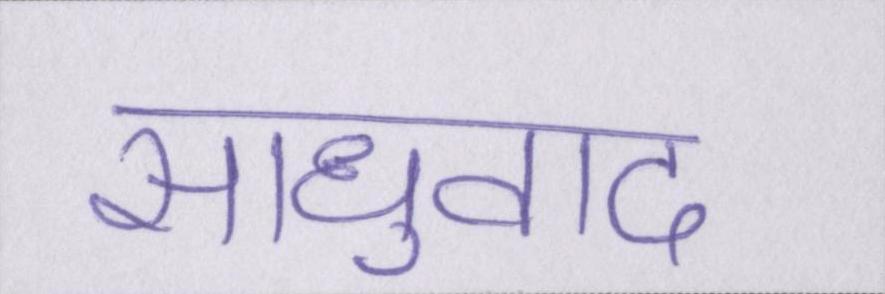
साधुवाद